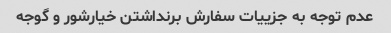
عدم توجه به جزییات سفارش برنداشتن خیارشور و گوجه